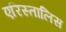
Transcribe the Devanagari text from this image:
एरिस्तालिस